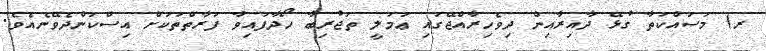
ރ) މަސައްކަތާ ގުޅޭ ދާއިރާއިން ދިވެހިރާއްޖޭގައި ޢަމަލީ ތަޖުރިބާ ހޯދާފައިވާ ފަރާތްތަކަށް އިސްކަންދެވޭނެއެވެ.